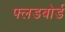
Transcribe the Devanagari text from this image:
फ्लडबोर्ड